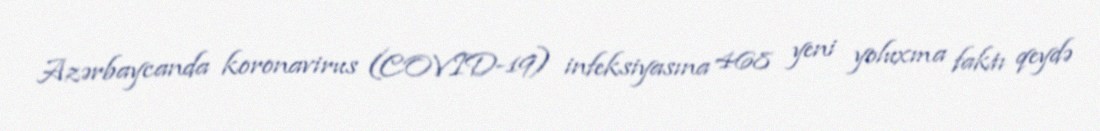
Azərbaycanda koronavirus (COVID-19) infeksiyasına 468 yeni yoluxma faktı qeydə